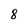
Character: 8